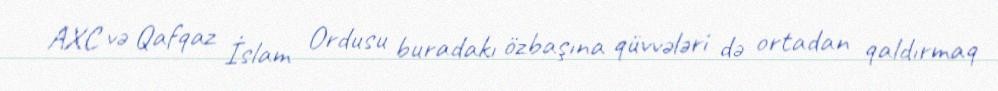
AXC və Qafqaz İslam Ordusu buradakı özbaşına qüvvələri də ortadan qaldırmaq